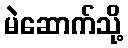
မဲဆောက်သို့